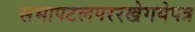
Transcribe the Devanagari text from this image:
सभापटलपररखेगयेपत्र